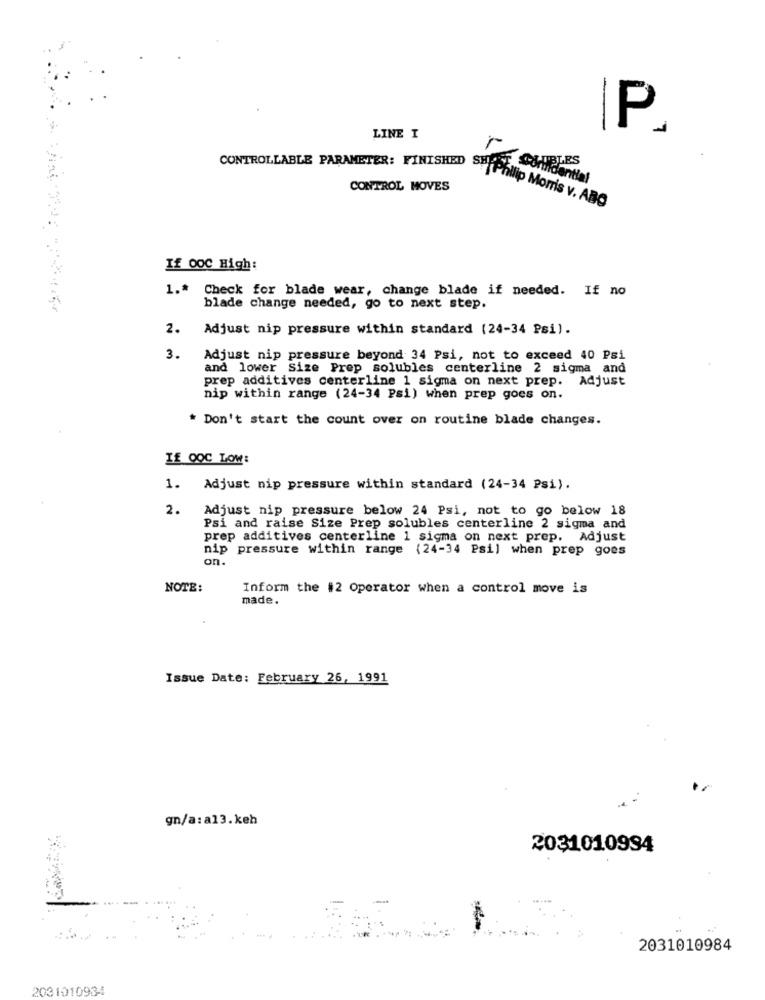
P.
LINE I
BLES
Confidential
CONTROL MOVES
CONTROLLABLE PARAMETER: FINISHED Phillip Morris v. ABC
If 00C High:
1 .* Check for blade wear, change blade if needed. If no
blade change needed, go to next step.
2.
Adjust nip pressure within standard (24-34 Psi).
3.
Adjust nip pressure beyond 34 Psi, not to exceed 40 Psi
and lower Size Prep solubles centerline 2 sigma and
prep additives centerline 1 sigma on next prep. Adjust
nip within range (24-34 Psi) when prep goes on.
* Don't start the count over on routine blade changes.
If OOC LOW:
1.
Adjust nip pressure within standard (24-34 Psi).
2.
Adjust nip pressure below 24 Psi, not to go below 18
Psi and raise Size Prep solubles centerline 2 sigma and
prep additives centerline 1 sigma on next prep. Adjust
nip pressure within range (24-34 Psi) when prep goes
on.
NOTE:
Inform the #2 Operator when a control move is
made.
Issue Date: February 26, 1991
gn/a:a13.keh
2031010994
2031010984
2031010934